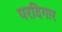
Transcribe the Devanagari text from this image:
परदिगार